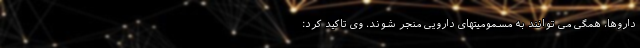
داروها، همگی می توانند به مسمومیتهای دارویی منجر شوند. وی تاکید کرد: